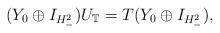
LaTeX: \begin{align*}(Y_0\oplus I_{H^2_-})U_{\mathbb T}=T(Y_0\oplus I_{H^2_-}),\end{align*}